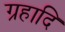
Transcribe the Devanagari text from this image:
ग्रहादि